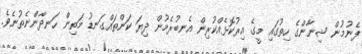
ފެނުމުން ޝިނާންގެ ހިތުގައި މީގެ އިރުކޮޅެއްކުރިން އެނބުރެމުން ދިޔަ ކަންތައްގަނޑު މަތިން ހަނދާންނެތުނެވެ.